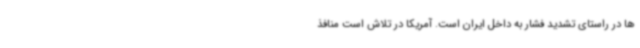
ها در راستای تشدید فشار به داخل ایران است. آمریکا در تلاش است منافذ